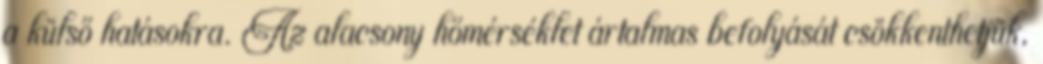
a külső hatásokra. Az alacsony hőmérséklet ártalmas befolyását csökkenthetjük,